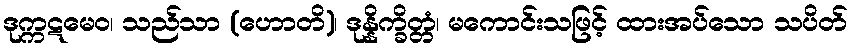
ဒုက္ကဋမေဝ၊ သည်သာ (ဟောတိ)၊ ဒုန္နိက္ခိတ္တံ၊ မကောင်းသဖြင့် ထားအပ်သော သပိတ်